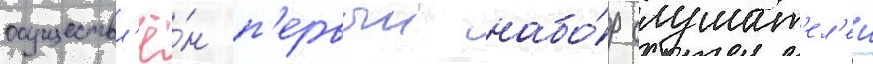
осуществл'ё́н п'ервыи набо́р слушат'ел'еи